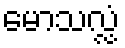
မောသလ္လံ